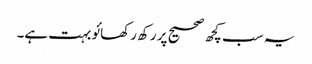
یہ سب کچھ صحیح پر رکھ رکھائو بہت ہے۔